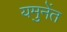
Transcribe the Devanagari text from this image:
यमुनेंत